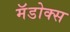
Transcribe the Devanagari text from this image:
मॅडोक्स